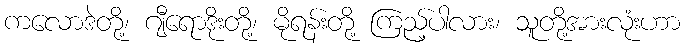
ကလောဒဲတို့၊ ဂျီရောဒိုးတို့၊ မိုရန်းတို့ ကြည့်ပါလား၊ သူတို့အားလုံးဟာ